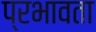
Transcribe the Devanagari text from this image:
प्रभावता